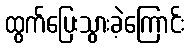
ထွက်ပြေးသွားခဲ့ကြောင်း